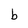
Character: b